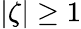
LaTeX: |\zeta|\geq 1